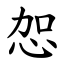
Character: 㤎